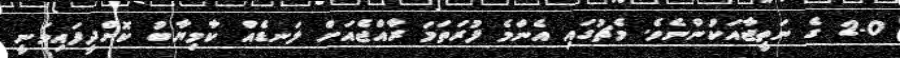
2-0 ގެ ނަތީޖާއަކުންނެވެ. މެޗުގައި އެންމެ ފުރަތަމަ ރާއްޖެއަށް ލަނޑެއް ކާމިޔާބު ކޮށްދީފައިވަނީ